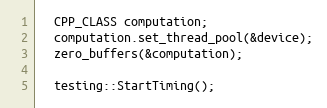
Language: C++
  CPP_CLASS computation;
  computation.set_thread_pool(&device);
  zero_buffers(&computation);

  testing::StartTiming();